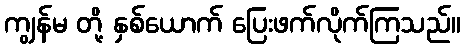
ကျွန်မ တို့ နှစ်ယောက် ပြေးဖက်လိုက်ကြသည်။